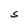
Character: S